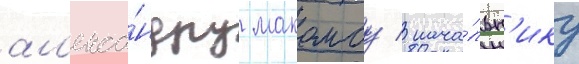
ал'екса́ндру макомбу / нача́льн'ику